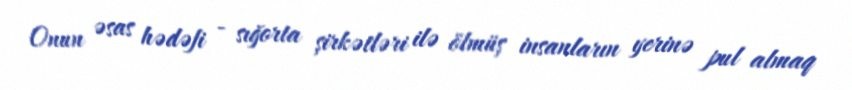
Onun əsas hədəfi - sığorta şirkətləri ilə ölmüş insanların yerinə pul almaq